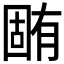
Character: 𣎏